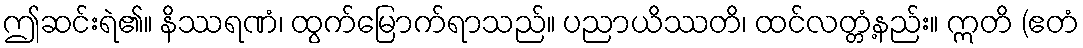
ဤဆင်းရဲ၏။ နိဿရဏံ၊ ထွက်မြောက်ရာသည်။ ပညာယိဿတိ၊ ထင်လတ္တံ့နည်း။ ဣတိ (ဧတံ